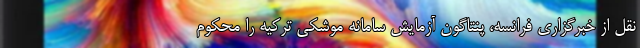
نقل از خبرگزاری فرانسه، پنتاگون آزمایش سامانه موشکی ترکیه را محکوم